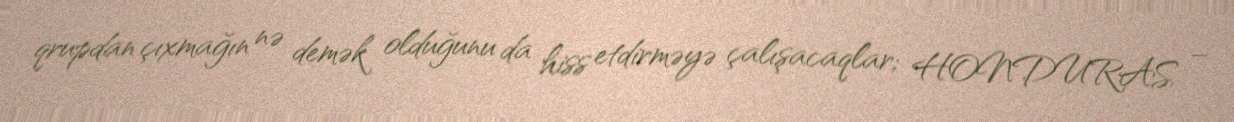
qrupdan çıxmağın nə demək olduğunu da hiss etdirməyə çalışacaqlar; HONDURAS –